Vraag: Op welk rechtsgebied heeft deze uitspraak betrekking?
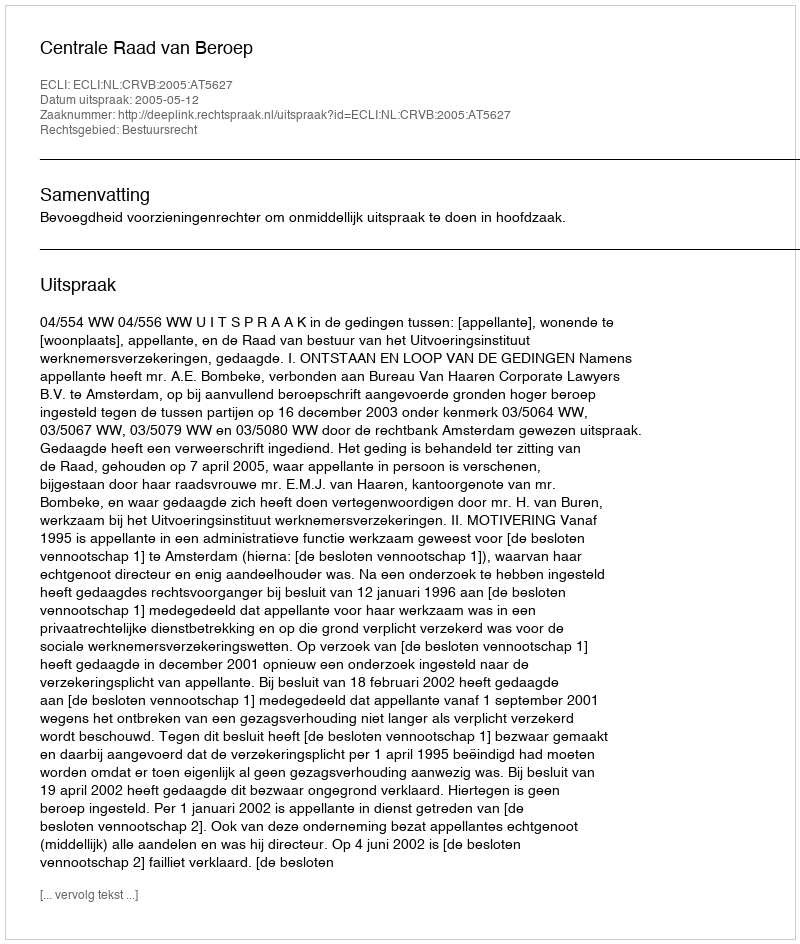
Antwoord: Bestuursrecht